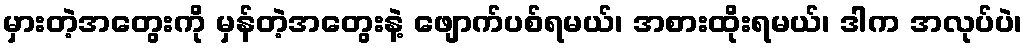
မှားတဲ့အတွေးကို မှန်တဲ့အတွေးနဲ့ ဖျောက်ပစ်ရမယ်၊ အစားထိုးရမယ်၊ ဒါက အလုပ်ပဲ၊